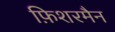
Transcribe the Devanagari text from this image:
फ़िशरमैन